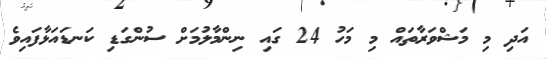
އަދި މި މަޝްވަރާތައް މި މަހު 24 ގައި ނިންމާލުމަށް ސުންގަޑި ކަނޑައަޅާފައިވެ